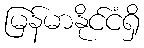
မြန်မာနိုင်ငံရှိ